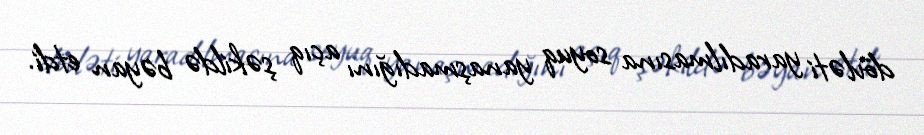
dövləti yaradılmasına soyuq yanaşmadığını açıq şəkildə bəyan etdi.